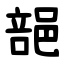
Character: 郶